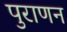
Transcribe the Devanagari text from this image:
पुराणन